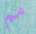
مم